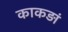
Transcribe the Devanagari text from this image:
काकड़ां